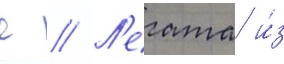
с // Л'егата и́з